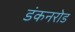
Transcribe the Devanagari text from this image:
डंकनरोड